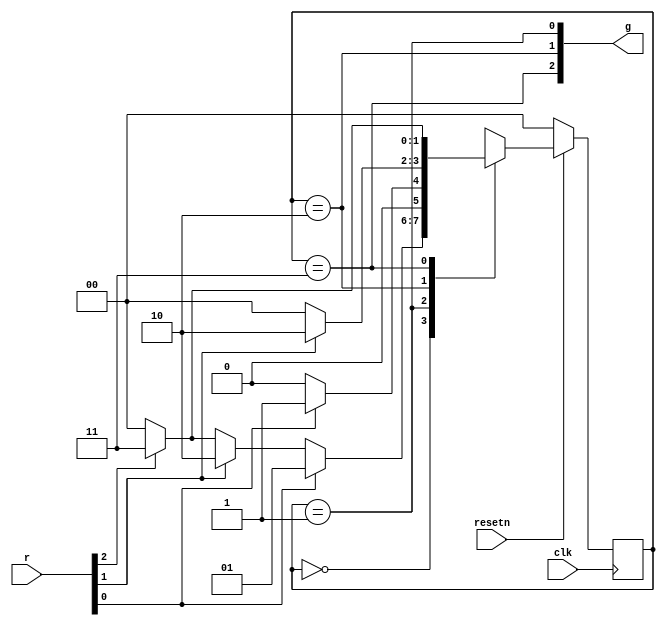
module top_module (
    input clk,
    input resetn,    // active-low synchronous reset
    input [3:1] r,   // request
    output [3:1] g   // grant
); 
	wire r1, r2, r3, g1, g2, g3;
    assign {r3, r2, r1} = r;
    assign g = {g3, g2, g1};
    
    parameter a = 0, b = 1, c = 2, d = 3;
    reg [1:0] state, next;
    
    always @ (*) begin
        case(state)
            a : next = r1 ? b : (r2 ? c : (r3 ? d : a));
            b : next = r1 ? b : a;
            c : next = r2 ? c : a;
            d : next = r3 ? d : a;
        endcase
    end
    
    always @ (posedge clk) begin
        if(!resetn) state <= a;
        else state <= next;
    end
    assign g1 = state == b;
    assign g2 = state == c;
    assign g3 = state == d;
endmodule